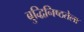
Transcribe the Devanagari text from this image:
बुद्धिनिष्ठतेला